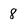
Character: 8